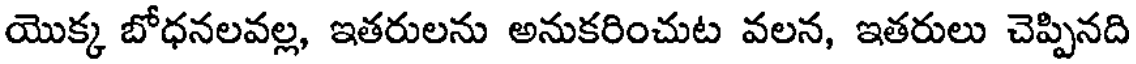
యొక్క బోధనలవల్ల, ఇతరులను అనుకరించుట వలన, ఇతరులు చెప్పినది